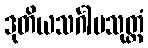
ဒုတိယသင်္ဂါမသုတ္တံ